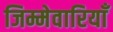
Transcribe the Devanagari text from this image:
जिम्मेवारियाँ